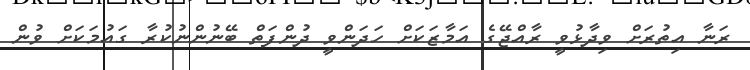
ރަނާ އިތުރަށް ވިދާޅުވީ ރާއްޖޭގެ އަމާޒަކަށް ހަދަންވީ ދުންފަތް ބޭނުންނުކުރާ ގައުމަކަށް ވުން